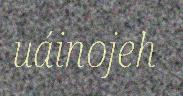
uáinojeh